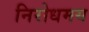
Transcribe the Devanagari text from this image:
निरोधमय